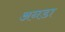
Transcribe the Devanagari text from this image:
अनडा